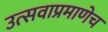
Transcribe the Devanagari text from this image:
उत्सवाप्रमाणेच